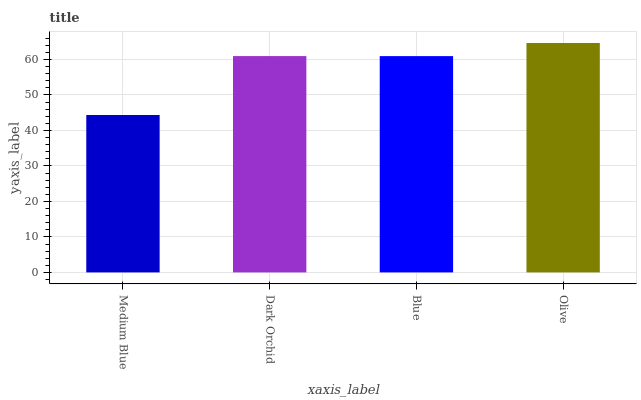
| xaxis_label | bars |
 | --- | --- |
 | Medium Blue | 44.4 |
 | Dark Orchid | 61 |
 | Blue | 61 |
 | Olive | 64.7 |